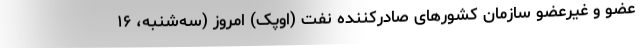
عضو و غیرعضو سازمان کشورهای صادرکننده نفت (اوپک) امروز (سه‌شنبه، ۱۶